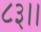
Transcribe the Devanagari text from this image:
८३।।